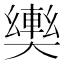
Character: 𫰀